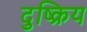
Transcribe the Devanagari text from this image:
दुष्क्रिय